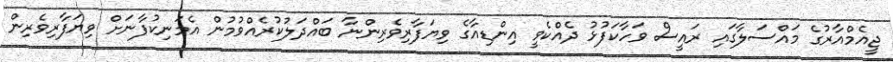
ޖީއެމްއާރުގެ މައްސަލާގައި ރައީސް ވަހާކަފުޅު ދެއްކެވީ އިންޑިއާގެ ވިޔަފާރިވެރިންނާ ބައްދަލުކުރެއްވުމުން އެމަނިކުފާނަށް ވިޔަފާރިވެރިން